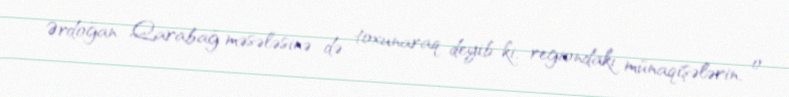
Ərdoğan Qarabağ məsələsinə də toxunaraq deyib ki, regiondakı münaqişələrin, o